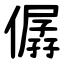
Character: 僝